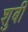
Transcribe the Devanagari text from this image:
शुबी